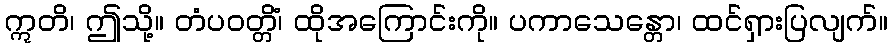
ဣတိ၊ ဤသို့။ တံပဝတ္တိံ၊ ထိုအကြောင်းကို။ ပကာသေန္တော၊ ထင်ရှားပြလျက်။